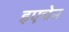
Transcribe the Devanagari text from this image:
इएचेन